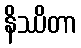
နိဿိတာ